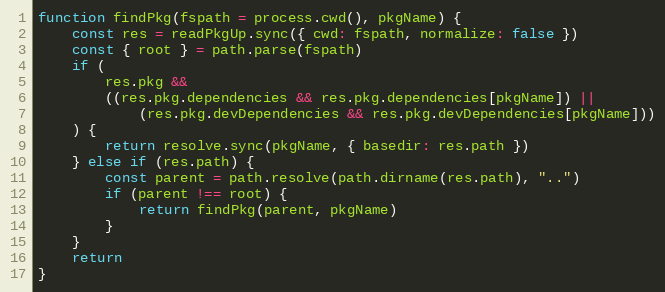
Language: JavaScript
function findPkg(fspath = process.cwd(), pkgName) {
    const res = readPkgUp.sync({ cwd: fspath, normalize: false })
    const { root } = path.parse(fspath)
    if (
        res.pkg &&
        ((res.pkg.dependencies && res.pkg.dependencies[pkgName]) ||
            (res.pkg.devDependencies && res.pkg.devDependencies[pkgName]))
    ) {
        return resolve.sync(pkgName, { basedir: res.path })
    } else if (res.path) {
        const parent = path.resolve(path.dirname(res.path), "..")
        if (parent !== root) {
            return findPkg(parent, pkgName)
        }
    }
    return
}